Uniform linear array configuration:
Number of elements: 64
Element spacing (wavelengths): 1
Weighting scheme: binomial
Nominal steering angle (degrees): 0
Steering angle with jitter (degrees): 0.04165
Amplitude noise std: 0.05
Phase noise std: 0.05

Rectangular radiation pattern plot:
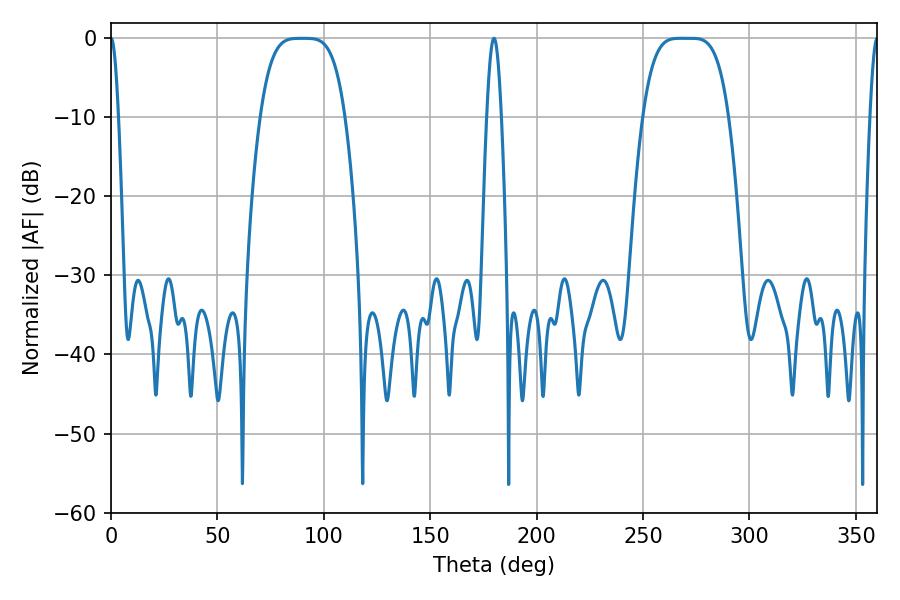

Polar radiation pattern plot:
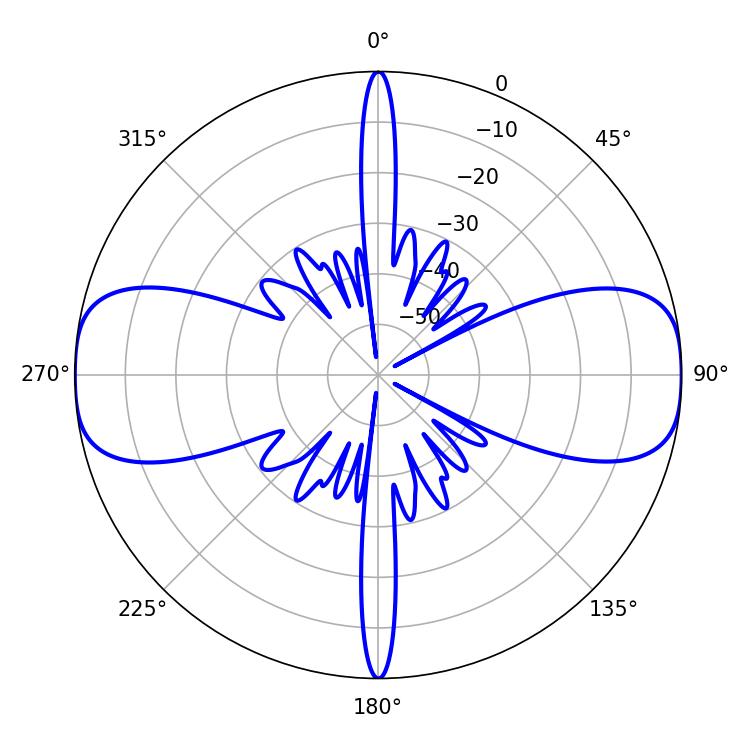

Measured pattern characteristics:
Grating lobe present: TRUE
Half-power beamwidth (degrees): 29.88
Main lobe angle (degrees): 267.66